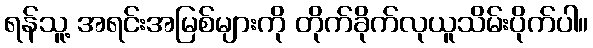
ရန်သူ့ အရင်းအမြစ်များကို တိုက်ခိုက်လုယူသိမ်းပိုက်ပါ။